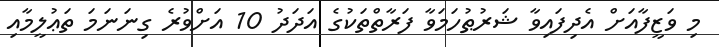
މި ވަޒީފާއަށް އެދިފައިވާ ޝަރުޠުހަމަވާ ފަރާތްތަކުގެ އަދަދު 10 އަށްވުރެ ގިނަނަމަ ތަޢުލީމާއި